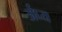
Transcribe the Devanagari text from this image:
र्अघ्य